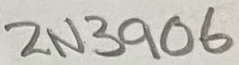
Text: 2N3906